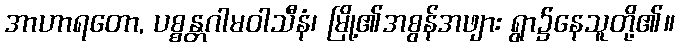
အာဟာရတော, ပစ္စန္တဂါမဝါသီနံ၊ မြို့၏အစွန်အဖျား ရွာ၌နေသူတို့၏။